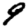
Digit: 9